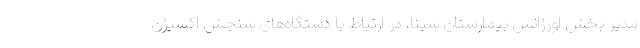
مدیر بخش اورژانس بیمارستان سینا، در ارتباط با دستگاه‌های سنجش اکسیژن